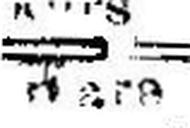
Ware